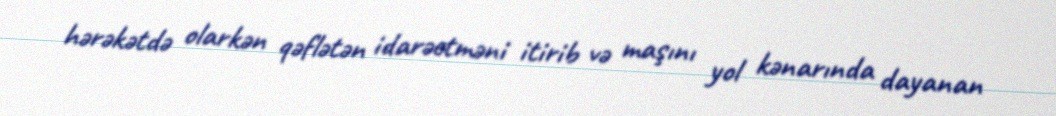
hərəkətdə olarkən qəflətən idarəetməni itirib və maşını yol kənarında dayanan